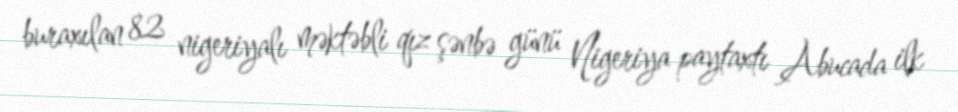
buraxılan 82 nigeriyalı məktəbli qız şənbə günü Nigeriya paytaxtı Abucada ilk